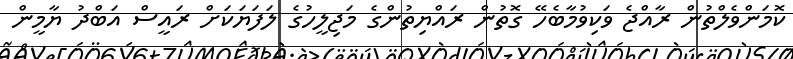
ކޮމަންވެލްތުން ރާއްޖެ ވަކިވުމާބެހޭ ގޮތުން ރައްޔިތުންގެ މަޖިލީހުގެ ލަފަޔަކަށް ރައީސް އަބްދު ޔާމީން